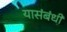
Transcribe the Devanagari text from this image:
यासंबंधीं